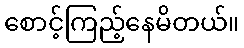
စောင့်ကြည့်နေမိတယ်။